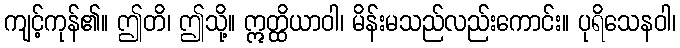
ကျင့်ကုန်၏။ ဤတိ၊ ဤသို့။ ဣတ္ထိယာဝါ၊ မိန်းမသည်လည်းကောင်း။ ပုရိသေနဝါ၊